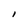
Character: I